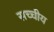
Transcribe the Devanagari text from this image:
सच्चीय